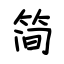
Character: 简